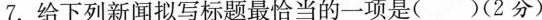
7.给下列新闻拟写标题最恰当的一项是()(2分)